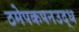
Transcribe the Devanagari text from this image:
ठमेपकपनउद्ध